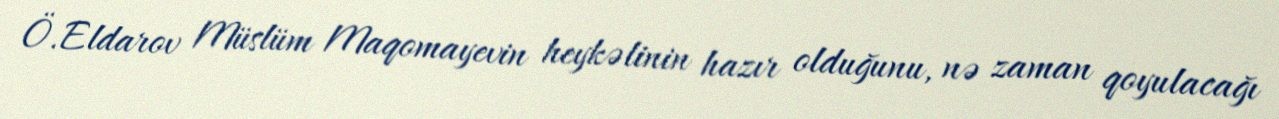
Ö.Eldarov Müslüm Maqomayevin heykəlinin hazır olduğunu, nə zaman qoyulacağı